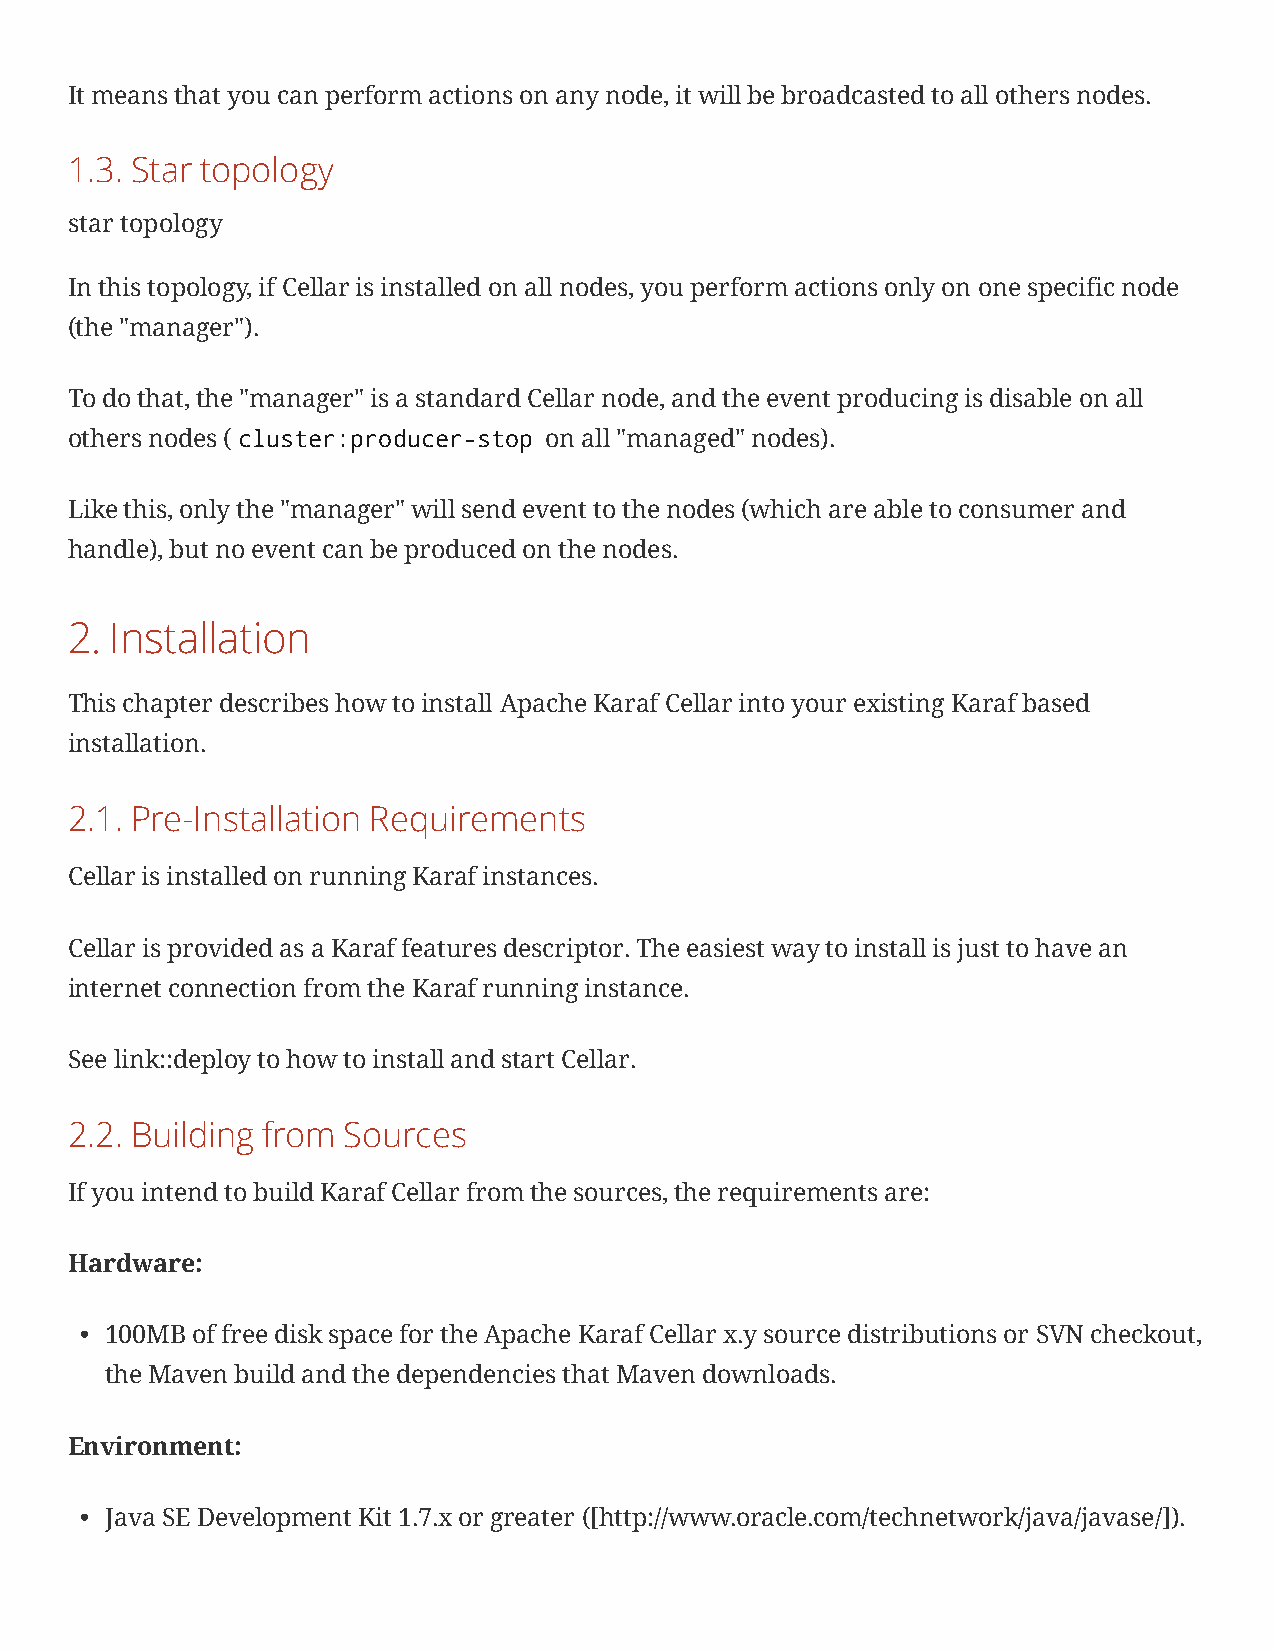
It means that you can perform actions on any node, it will be broadcasted to all others nodes.
 1.3. Star topology
 star topology
 In this topology, if Cellar is installed on all nodes, you perform actions only on one specific node
 (the "manager").
 To do that, the "manager" is a standard Cellar node, and the event producing is disable on all
 others nodes (cluster:producer-stop on all "managed" nodes).
 Like this, only the "manager" will send event to the nodes (which are able to consumer and
 handle), but no event can be produced on the nodes.
 2. Installation
 This chapter describes how to install Apache Karaf Cellar into your existing Karaf based
 installation.
 2.1. Pre-Installation Requirements
 Cellar is installed on running Karaf instances.
 Cellar is provided as a Karaf features descriptor. The easiest way to install is just to have an
 internet connection from the Karaf running instance.
 See link::deploy to how to install and start Cellar.
 2.2. Building from Sources
 If you intend to build Karaf Cellar from the sources, the requirements are:
 Hardware:
 • 100MB of free disk space for the Apache Karaf Cellar x.y source distributions or SVN checkout,
 the Maven build and the dependencies that Maven downloads.
 Environment:
 • Java SE Development Kit 1.7.x or greater ([http://www.oracle.com/technetwork/java/javase/]).